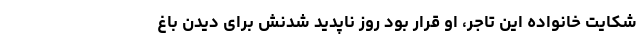
شکایت خانواده این تاجر‌، او قرار بود روز ناپدید شدنش برای دیدن باغ